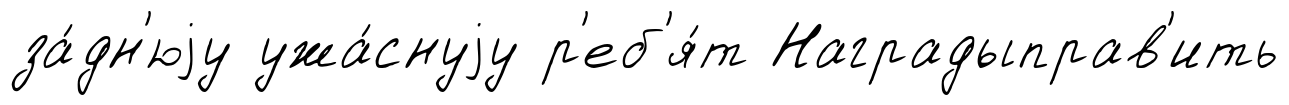
за́дн'юjу ужа́снуjу р'еб'я́т Наградыправ'ить